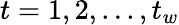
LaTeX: t=1,2,...,t_{w}